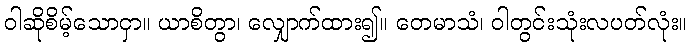
ဝါဆိုစိမ့်သောငှာ။ ယာစိတွာ၊ လျှောက်ထား၍။ တေမာသံ၊ ဝါတွင်းသုံးလပတ်လုံး။